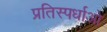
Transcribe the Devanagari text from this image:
प्रतिस्पर्धाओ